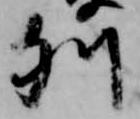
列